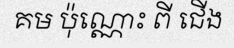
គម ប៉ុណ្ណោះ ពី ជើង